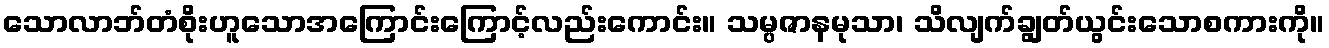
သောလာဘ်တံစိုးဟူသောအကြောင်းကြောင့်လည်းကောင်း။ သမ္ပဇာနမုသာ၊ သိလျက်ချွတ်ယွင်းသောစကားကို။